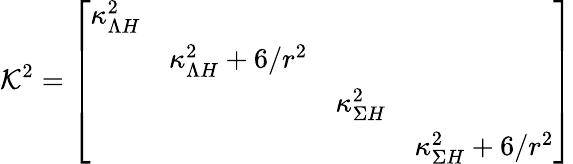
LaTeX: {\cal K}^{2}=\left[\begin{array}{cccc}{{\kappa_{\Lambda H}^{2}}}&{{}}&{{}}&{{}}\\ {{}}&{{\kappa_{\Lambda H}^{2}+6/r^{2}}}&{{}}&{{}}\\ {{}}&{{}}&{{\kappa_{\Sigma H}^{2}}}&{{}}\\ {{}}&{{}}&{{}}&{{\kappa_{\Sigma H}^{2}+6/r^{2}}}\end{array}\right]